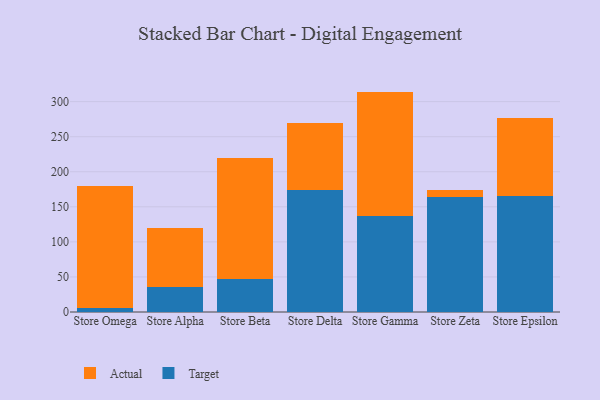
{"axis": {"x": "Store", "y": "Satisfaction Score"}, "legend": ["Actual", "Target"], "data": [{"x": "Store Omega", "y": 5.5, "type": "Target"}, {"x": "Store Omega", "y": 174.7, "type": "Actual"}, {"x": "Store Alpha", "y": 35.1, "type": "Target"}, {"x": "Store Alpha", "y": 85.0, "type": "Actual"}, {"x": "Store Beta", "y": 47.0, "type": "Target"}, {"x": "Store Beta", "y": 172.1, "type": "Actual"}, {"x": "Store Delta", "y": 173.6, "type": "Target"}, {"x": "Store Delta", "y": 95.4, "type": "Actual"}, {"x": "Store Gamma", "y": 137.1, "type": "Target"}, {"x": "Store Gamma", "y": 177.2, "type": "Actual"}, {"x": "Store Zeta", "y": 163.7, "type": "Target"}, {"x": "Store Zeta", "y": 10.0, "type": "Actual"}, {"x": "Store Epsilon", "y": 165.1, "type": "Target"}, {"x": "Store Epsilon", "y": 111.3, "type": "Actual"}]}